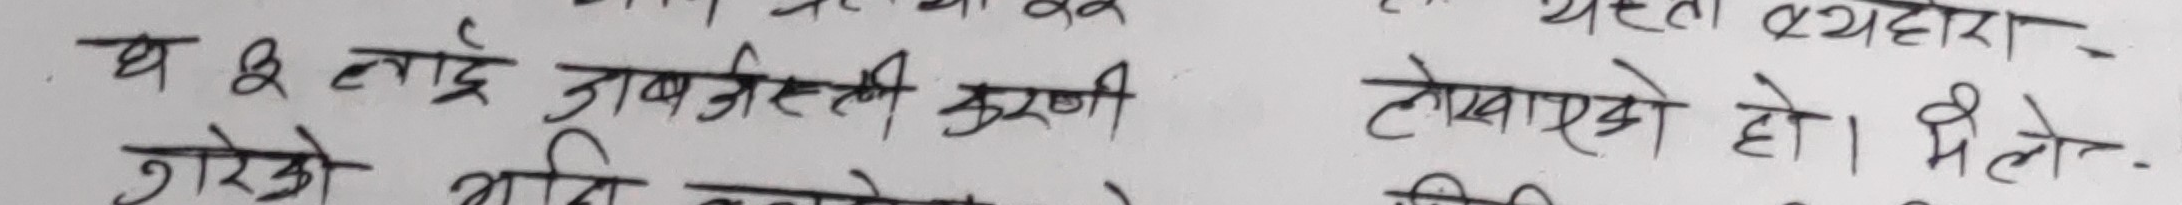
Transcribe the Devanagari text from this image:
घ र लाई डाबजस्ती करणी लेखाइको हो। मैले।